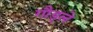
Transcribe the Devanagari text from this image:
गौड्ले